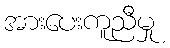
အားပေးကူညီမှု